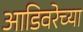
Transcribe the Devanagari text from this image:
आडिवरेच्या